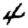
Digit: 4